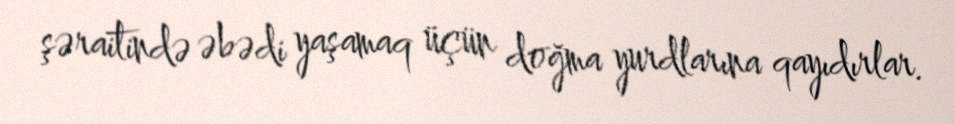
şəraitində əbədi yaşamaq üçün doğma yurdlarına qayıdırlar.